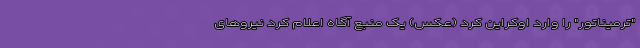
"ترمیناتور" را وارد اوکراین کرد (عکس) یک منبع آگاه اعلام کرد نیروهای